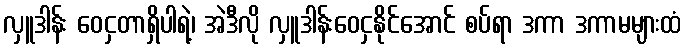
လှူဒါန်း ဝေငှတာရှိပါရဲ့၊ အဲဒီလို လှူဒါန်းဝေငှနိုင်အောင် စပ်ရာ ဒကာ ဒကာမများထံ